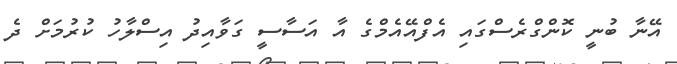
އޭނާ ބުނީ ކޮންގްރެސްގައި އެފްއޭއެމްގެ އާ އަސާސީ ގަވާއިދު އިސްލާހު ކުރުމަށް ދެ